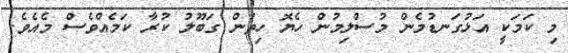
މި ކަމަކީ އަޅުގަނޑުމެން މުސްލިމުން ހެޔޮ ހިތުން ގަބޫލު ކުރާ ކަމެއްވެސް މެއެވެ.